画像に写った文字を読んでください
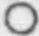
「○」と書いてあります